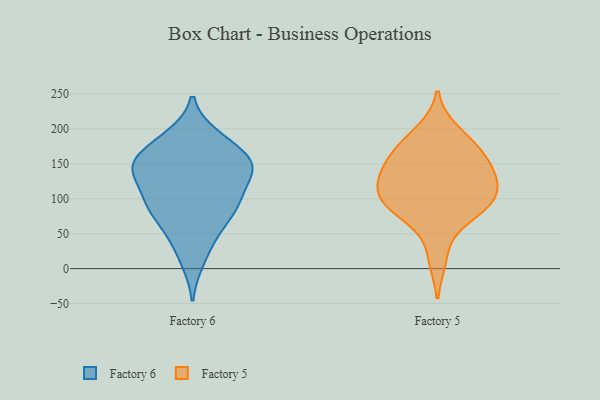
{"axis": {"x": "Conversion Rate (%)", "y": "Value"}, "legend": ["Factory 5", "Factory 6"], "data": [{"x": "", "y": 143, "type": "Factory 6"}, {"x": "", "y": 152, "type": "Factory 6"}, {"x": "", "y": 43, "type": "Factory 6"}, {"x": "", "y": 152, "type": "Factory 6"}, {"x": "", "y": 10, "type": "Factory 6"}, {"x": "", "y": 55, "type": "Factory 6"}, {"x": "", "y": 89, "type": "Factory 6"}, {"x": "", "y": 141, "type": "Factory 6"}, {"x": "", "y": 187, "type": "Factory 6"}, {"x": "", "y": 79, "type": "Factory 6"}, {"x": "", "y": 135, "type": "Factory 6"}, {"x": "", "y": 132, "type": "Factory 6"}, {"x": "", "y": 98, "type": "Factory 6"}, {"x": "", "y": 190, "type": "Factory 6"}, {"x": "", "y": 92, "type": "Factory 6"}, {"x": "", "y": 100, "type": "Factory 6"}, {"x": "", "y": 171, "type": "Factory 6"}, {"x": "", "y": 154, "type": "Factory 6"}, {"x": "", "y": 140, "type": "Factory 5"}, {"x": "", "y": 143, "type": "Factory 5"}, {"x": "", "y": 96, "type": "Factory 5"}, {"x": "", "y": 112, "type": "Factory 5"}, {"x": "", "y": 161, "type": "Factory 5"}, {"x": "", "y": 93, "type": "Factory 5"}, {"x": "", "y": 137, "type": "Factory 5"}, {"x": "", "y": 79, "type": "Factory 5"}, {"x": "", "y": 169, "type": "Factory 5"}, {"x": "", "y": 196, "type": "Factory 5"}, {"x": "", "y": 180, "type": "Factory 5"}, {"x": "", "y": 112, "type": "Factory 5"}, {"x": "", "y": 15, "type": "Factory 5"}, {"x": "", "y": 75, "type": "Factory 5"}, {"x": "", "y": 110, "type": "Factory 5"}]}